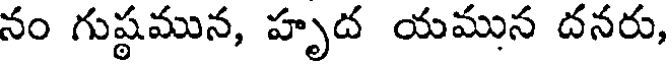
నం గుష్ఠమున, హృద యమున దనరు,